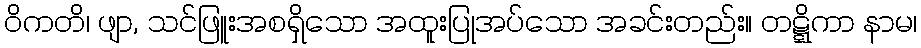
ဝိကတိ၊ ဖျာ, သင်ဖြူးအစရှိသော အထူးပြုအပ်သော အခင်းတည်း။ တဋ္ဋိကာ နာမ၊